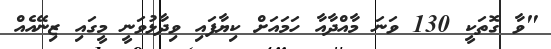
"ވާ ގޮތަކީ 130 ވަނަ މާއްދާއާ ހަމައަށް ކިޔާފައި ވިދާޅުވަނީ މީގައި ޒިނޭއެއް